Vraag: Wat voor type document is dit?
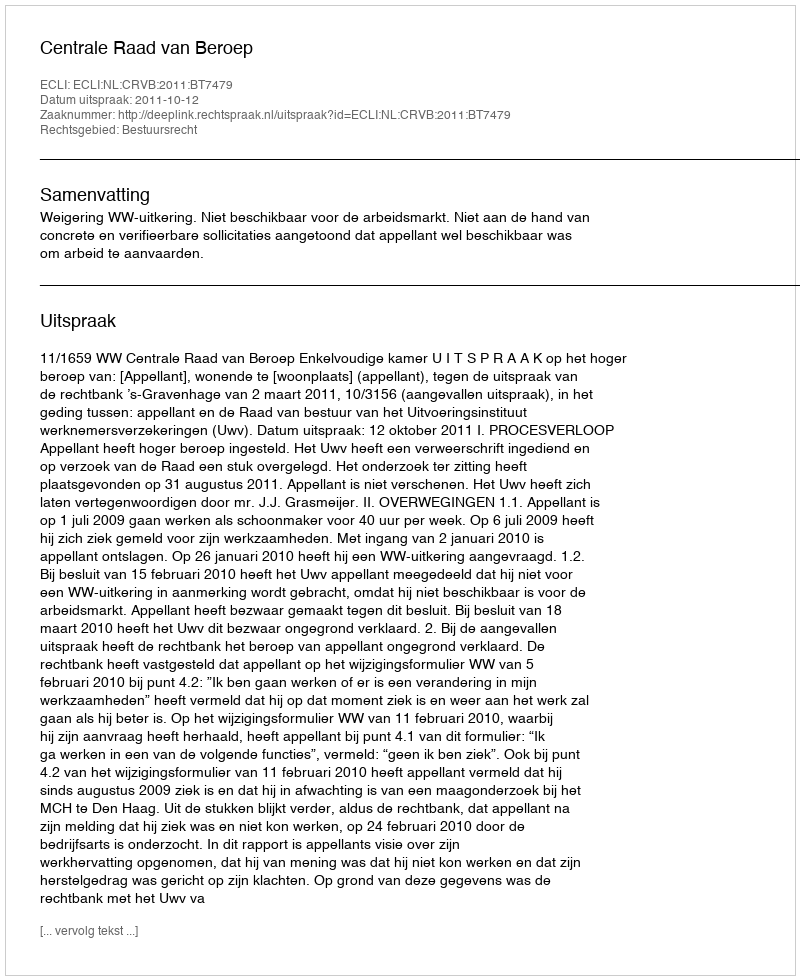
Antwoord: Uitspraak